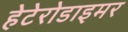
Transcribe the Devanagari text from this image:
हेटेरोडाइमर